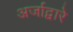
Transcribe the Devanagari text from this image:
अर्जाद्वारे